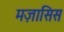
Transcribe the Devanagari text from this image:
मज़ासिस